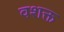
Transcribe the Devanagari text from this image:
वशक्त